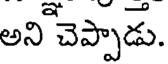
అని చెప్పాడు.